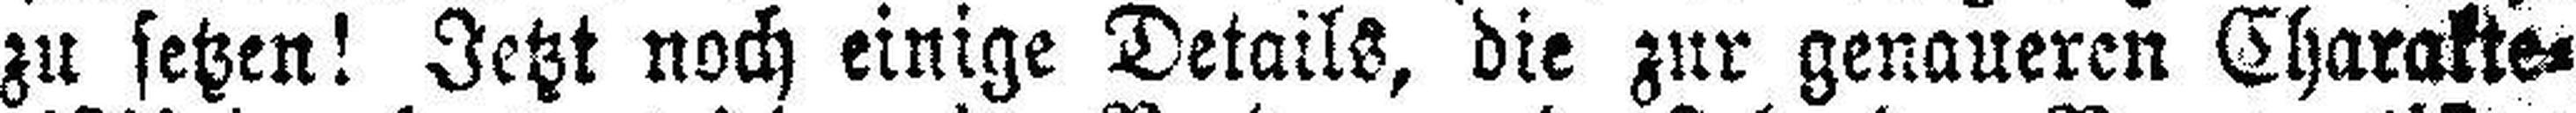
zu setzen! Jetzt noch einige Details, die zur genaueren Charakte¬